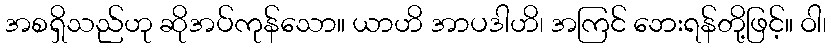
အစရှိသည်ဟု ဆိုအပ်ကုန်သော။ ယာဟိ အာပဒါဟိ၊ အကြင် ဘေးရန်တို့ဖြင့်။ ဝါ၊